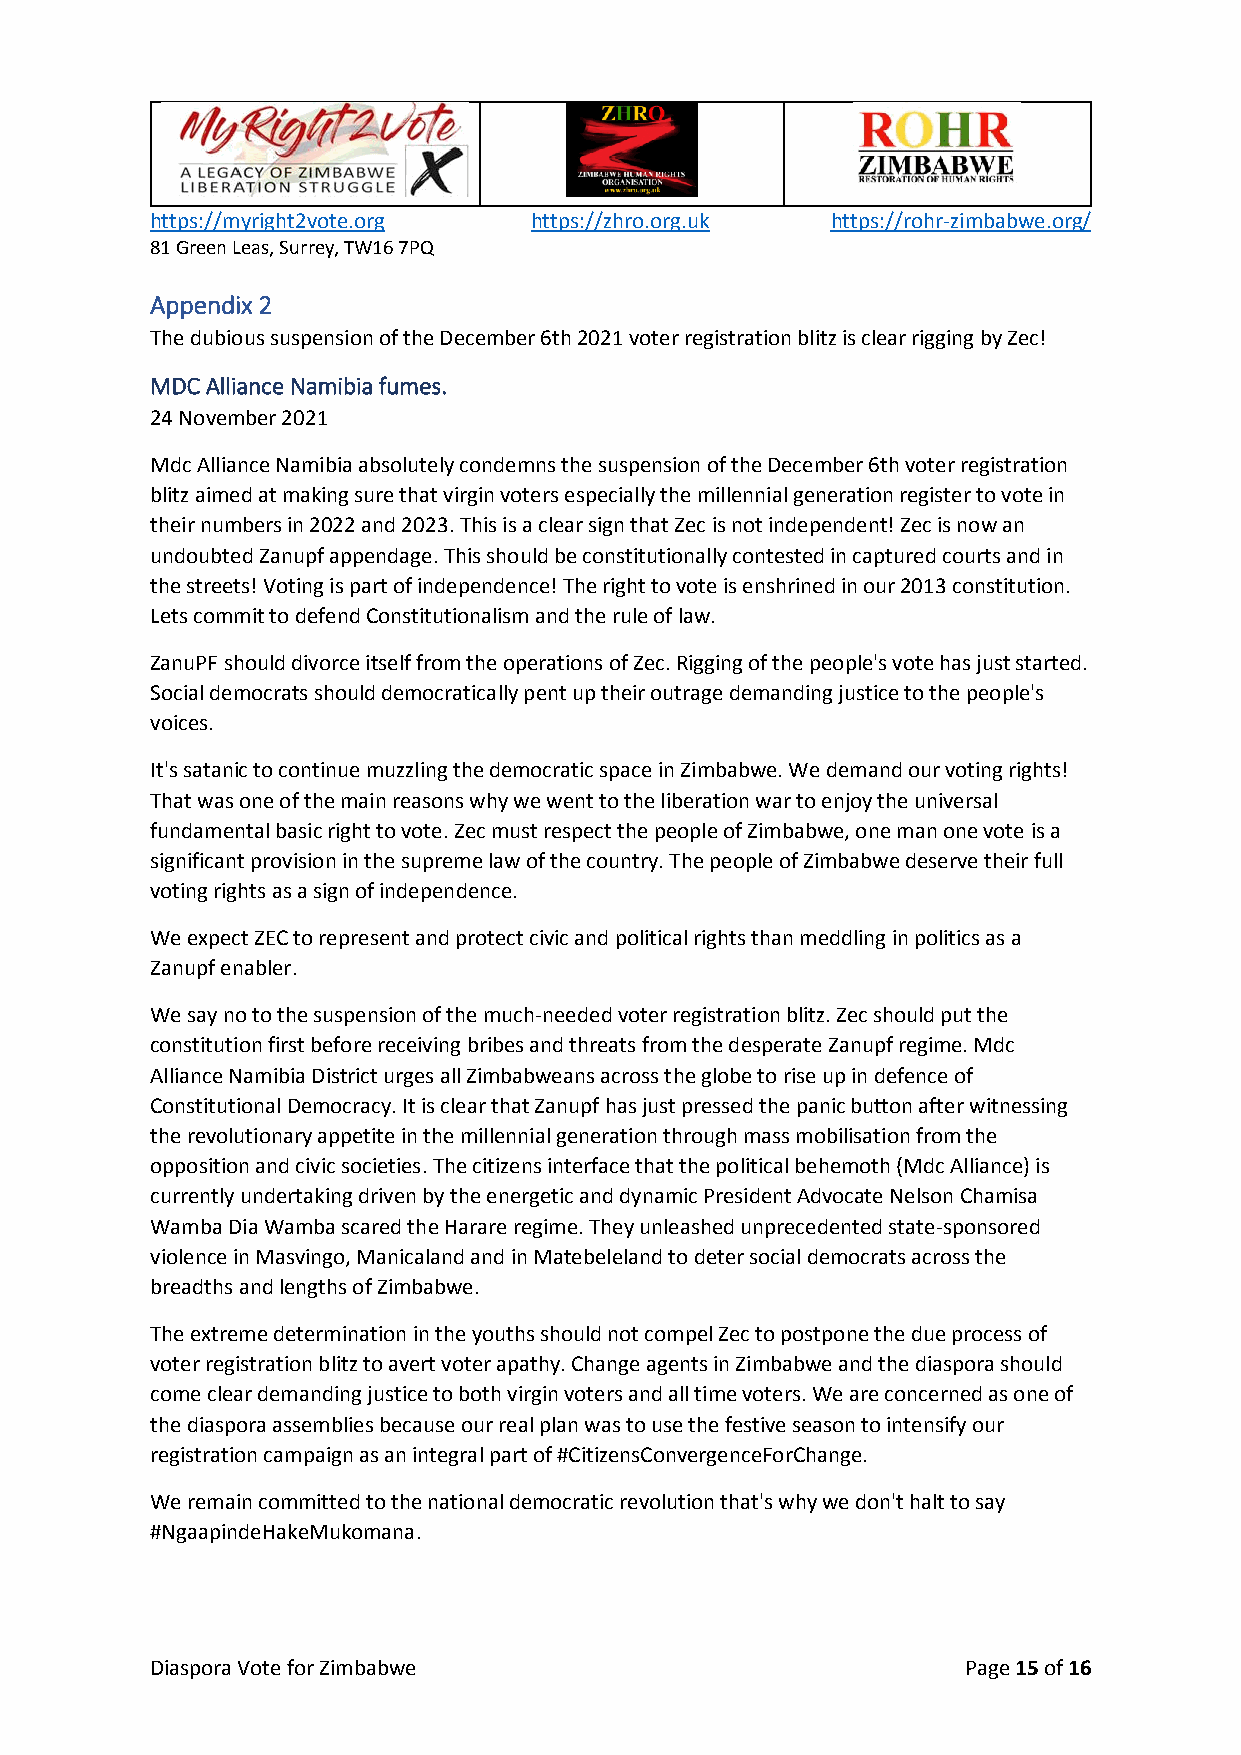
https://myright2vote.org https://zhro.org.uk https://rohr-zimbabwe.org/
 81 Green Leas, Surrey, TW16 7PQ
 Appendix 2
 The dubious suspension of the December 6th 2021 voter registration blitz is clear rigging by Zec!
 MDC Alliance Namibia fumes.
 24 November 2021
 Mdc Alliance Namibia absolutely condemns the suspension of the December 6th voter registration
 blitz aimed at making sure that virgin voters especially the millennial generation register to vote in
 their numbers in 2022 and 2023. This is a clear sign that Zec is not independent! Zec is now an
 undoubted Zanupf appendage. This should be constitutionally contested in captured courts and in
 the streets! Voting is part of independence! The right to vote is enshrined in our 2013 constitution.
 Lets commit to defend Constitutionalism and the rule of law.
 ZanuPF should divorce itself from the operations of Zec. Rigging of the people's vote has just started.
 Social democrats should democratically pent up their outrage demanding justice to the people's
 voices.
 It's satanic to continue muzzling the democratic space in Zimbabwe. We demand our voting rights!
 That was one of the main reasons why we went to the liberation war to enjoy the universal
 fundamental basic right to vote. Zec must respect the people of Zimbabwe, one man one vote is a
 significant provision in the supreme law of the country. The people of Zimbabwe deserve their full
 voting rights as a sign of independence.
 We expect ZEC to represent and protect civic and political rights than meddling in politics as a
 Zanupf enabler.
 We say no to the suspension of the much-needed voter registration blitz. Zec should put the
 constitution first before receiving bribes and threats from the desperate Zanupf regime. Mdc
 Alliance Namibia District urges all Zimbabweans across the globe to rise up in defence of
 Constitutional Democracy. It is clear that Zanupf has just pressed the panic button after witnessing
 the revolutionary appetite in the millennial generation through mass mobilisation from the
 opposition and civic societies. The citizens interface that the political behemoth (Mdc Alliance) is
 currently undertaking driven by the energetic and dynamic President Advocate Nelson Chamisa
 Wamba Dia Wamba scared the Harare regime. They unleashed unprecedented state-sponsored
 violence in Masvingo, Manicaland and in Matebeleland to deter social democrats across the
 breadths and lengths of Zimbabwe.
 The extreme determination in the youths should not compel Zec to postpone the due process of
 voter registration blitz to avert voter apathy. Change agents in Zimbabwe and the diaspora should
 come clear demanding justice to both virgin voters and all time voters. We are concerned as one of
 the diaspora assemblies because our real plan was to use the festive season to intensify our
 registration campaign as an integral part of #CitizensConvergenceForChange.
 We remain committed to the national democratic revolution that's why we don't halt to say
 #NgaapindeHakeMukomana.
 Diaspora Vote for Zimbabwe                            Page 15 of 16